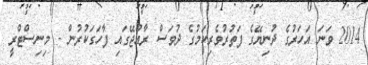
2014 ވަނަ އަހަރުގެ ދުނިޔޭގެ ފަތުރުވެރިކަމުގެ ދުވަސް ރާއްޖޭގައި ފާހަގަކުރުން - މިނިސްޓްރީ